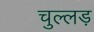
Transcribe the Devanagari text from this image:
चुल्लड़